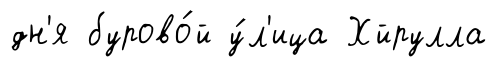
дн'я бурово́й у́л'ица Хйрулла